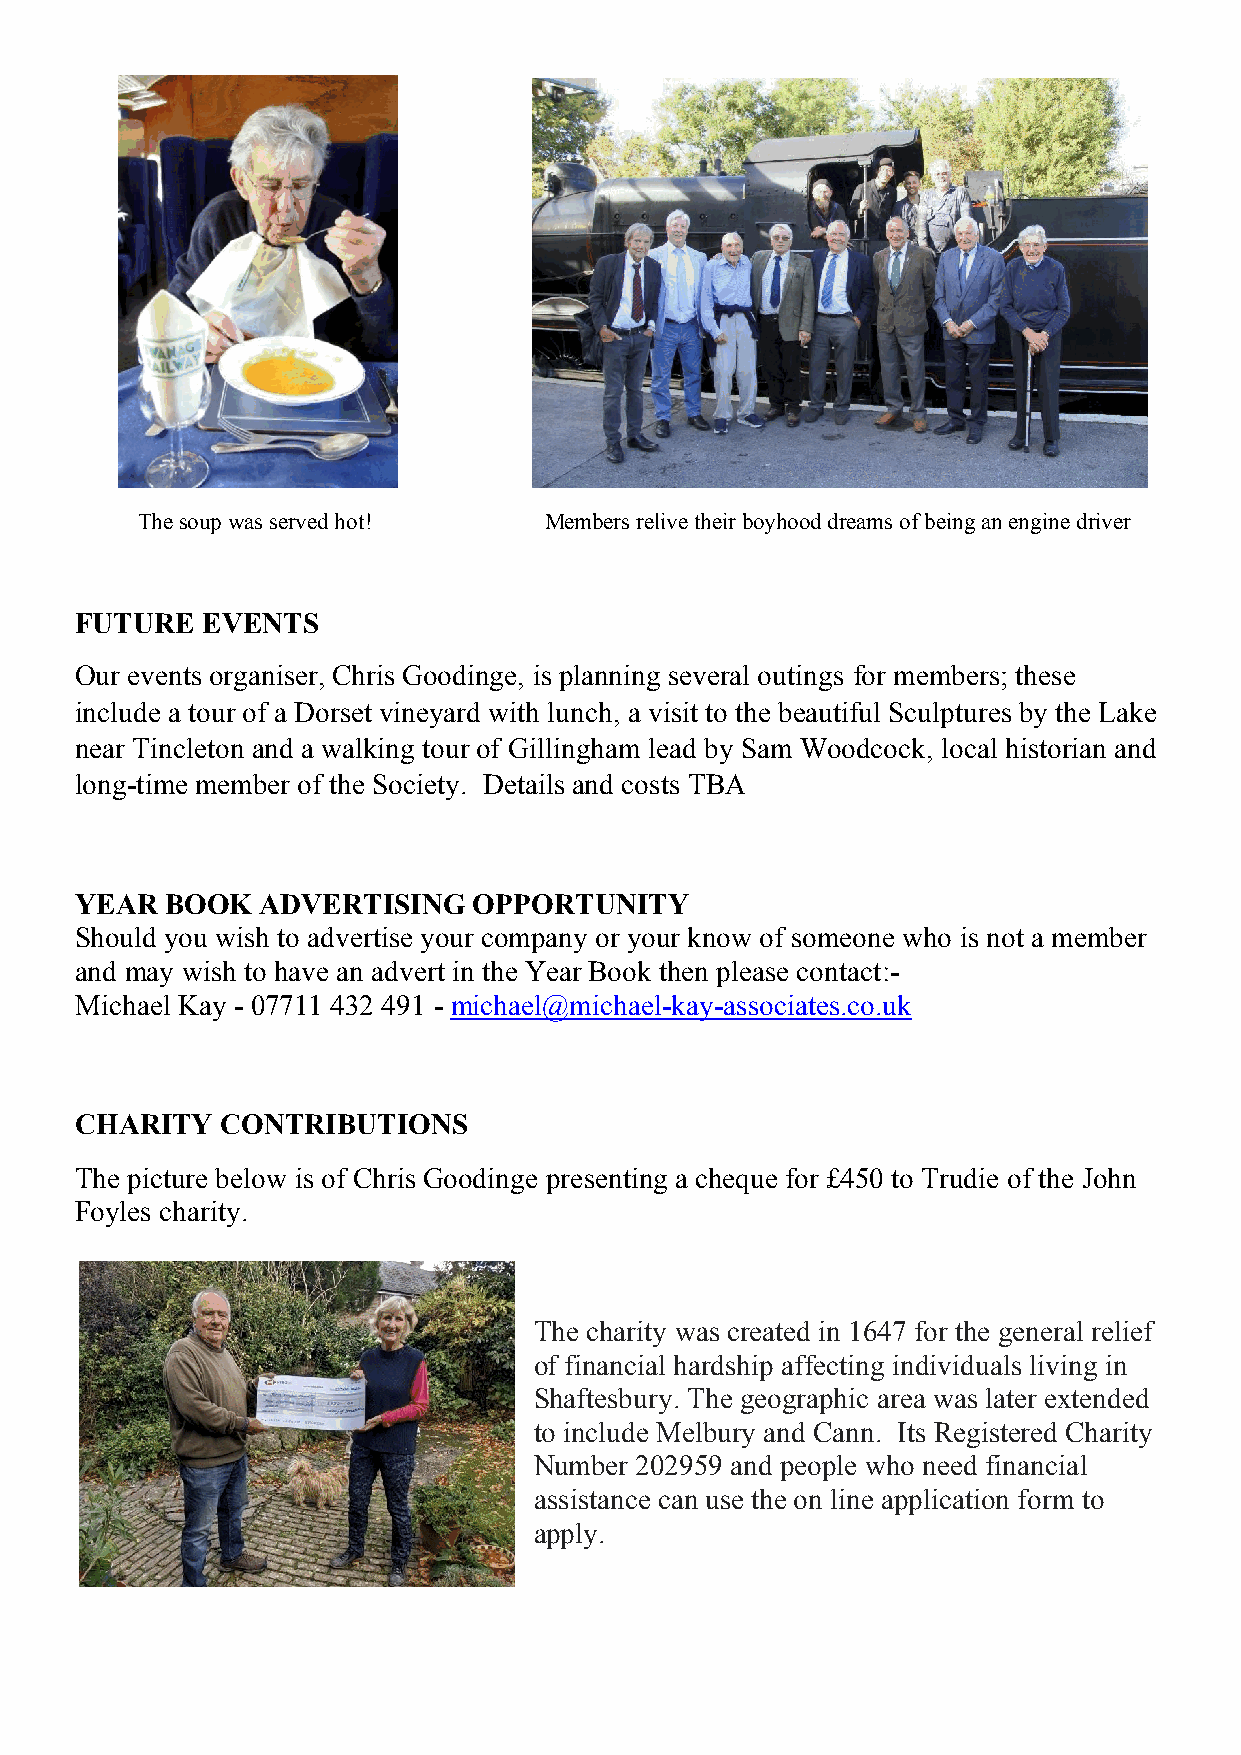
The soup was served hot!   Members relive their boyhood dreams of being an engine driver
 FUTURE  EVENTS
 Our events organiser, Chris Goodinge, is planning several outings for members; these
 include a tour of a Dorset vineyard with lunch, a visit to the beautiful Sculptures by the Lake
 near Tincleton and a walking tour of Gillingham lead by Sam Woodcock, local historian and
 long-time member of the Society. Details and costs TBA
 YEAR  BOOK  ADVERTISING   OPPORTUNITY
 Should you wish to advertise your company or your know of someone who is not a member
 and may wish to have an advert in the Year Book then please contact:-
 Michael Kay - 07711 432 491 - michael@michael-kay-associates.co.uk
 CHARITY   CONTRIBUTIONS
 The picture below is of Chris Goodinge presenting a cheque for £450 to Trudie of the John
 Foyles charity.
 The charity was created in 1647 for the general relief
 of financial hardship affecting individuals living in
 Shaftesbury. The geographic area was later extended
 to include Melbury and Cann. Its Registered Charity
 Number 202959 and people who need financial
 assistance can use the on line application form to
 apply.